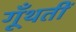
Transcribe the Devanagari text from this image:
गूँथतीं